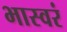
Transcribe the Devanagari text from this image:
भास्वरं